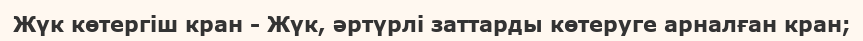
Жүк көтергіш кран - Жүк, әртүрлі заттарды көтеруге арналған кран;